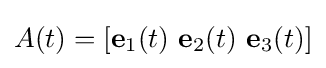
A(t)=[\mathbf {e} _{1}(t)\ \mathbf {e} _{2}(t)\ \mathbf {e} _{3}(t)]